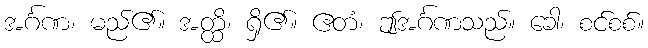
အင်္ဂဏ၊ မည်၏။ အတ္ထိ၊ ရှိ၏။ ဧတံ၊ ဤအင်္ဂဏသည်။ ခေါ၊ စင်စစ်။